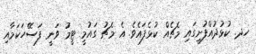
ހދ. ކުޅުދުއްފުށީގައި މެޗެއް ކުޅެފައެވެ. އެ މެޗު ގައުމީ ޓީމު ވަނީ ފަސޭހަކަމާއި